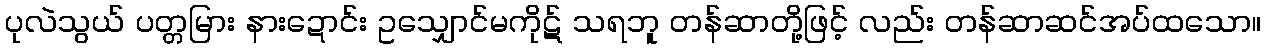
ပုလဲသွယ် ပတ္တမြား နားဍောင်း ဥသျှောင်မကိုဋ် သရဘူ တန်ဆာတို့ဖြင့် လည်း တန်ဆာဆင်အပ်ထသော။